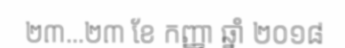
២៣...២៣ ខែ កញ្ញា ឆ្នាំ ២០១៨